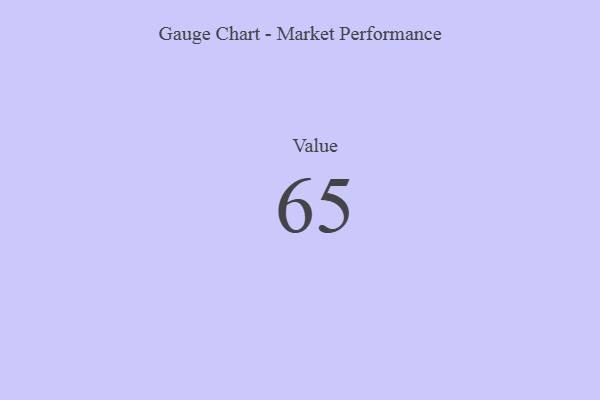
{"axis": {"x": "Metric", "y": "Value"}, "legend": [""], "data": [{"x": "Value", "y": 65, "type": ""}]}